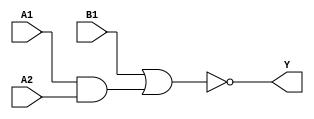
module sky130_fd_sc_hvl__a21oi_1 (
    Y ,
    A1,
    A2,
    B1
);
    output Y ;
    input  A1;
    input  A2;
    input  B1;
    wire and0_out  ;
    wire nor0_out_Y;
    and and0 (and0_out  , A1, A2         );
    nor nor0 (nor0_out_Y, B1, and0_out   );
    buf buf0 (Y         , nor0_out_Y     );
endmodule